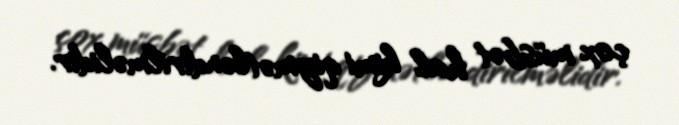
çox müsbət hal kimi qiymətləndirilməlidir.